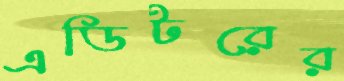
এডিটরের